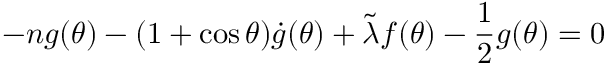
- n g ( \theta ) - ( 1 + \cos \theta ) \dot { g } ( \theta ) + \tilde { \lambda } f ( \theta ) - \frac { 1 } { 2 } g ( \theta ) = 0